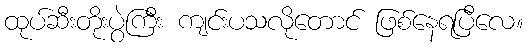
ထုပ်ဆီးတိုးပွဲကြီး ကျင်းပသလိုတောင် ဖြစ်နေရပြီလေ။